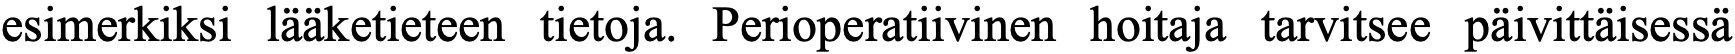
esimerkiksi lääketieteen tietoja. Perioperatiivinen hoitaja tarvitsee päivittäisessä